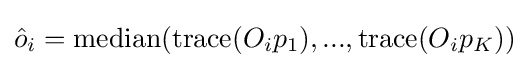
{\hat {o}}_{i}=\mathrm {median} (\mathrm {trace} (O_{i}p_{1}),...,\mathrm {trace} (O_{i}p_{K}))